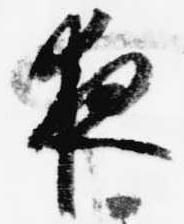
夜